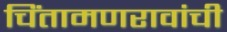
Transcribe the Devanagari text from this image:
चिंतामणरावांची